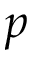
p